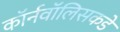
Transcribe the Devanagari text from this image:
कॉर्नवॉलिसकडे